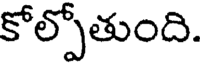
కోల్పోతుంది.